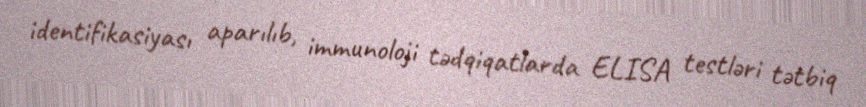
identifikasiyası aparılıb, immunoloji tədqiqatlarda ELISA testləri tətbiq